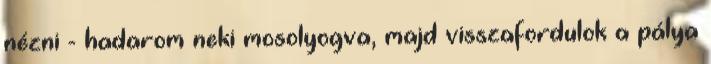
nézni - hadarom neki mosolyogva, majd visszafordulok a pálya